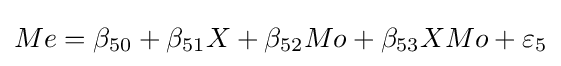
Me=\beta _{50}+\beta _{51}X+\beta _{52}Mo+\beta _{53}XMo+\varepsilon _{5}